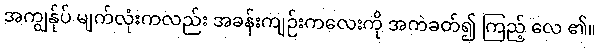
အကျွန်ုပ် မျက်လုံးကလည်း အခန်းကျဉ်းကလေးကို အကဲခတ်၍ ကြည့် လေ ၏။